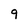
Character: 9